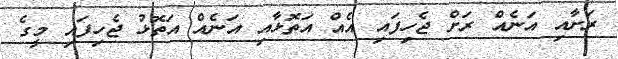
ރަށާއި އަނެއް ރަށް ޖެހިފައި އެއް އަތޮޅާއި އަނެއް އަތޮޅު ޖެހިފައި މީގެ